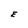
Character: E